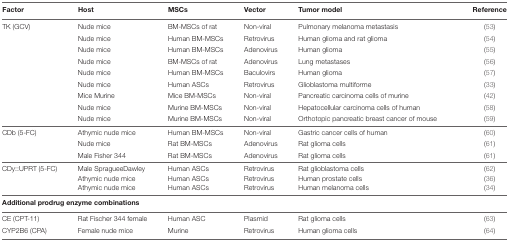
| Factor | Host | MSCs | Vector | Tumor model | Reference |
 | --- | --- | --- | --- | --- | --- |
 | <ROWSPAN=9> TK (GCV) | Nude mice | BM-MSCs of rat | Non-viral | Pulmonary melanoma metastasis | (53) |
 | Nude mice | Human BM-MSCs | Retrovirus | Human glioma and rat glioma | (54) |
 | Nude mice | Human BM-MSCs | Adenovirus | Human glioma | (55) |
 | Nude mice | BM-MSCs of rat | Adenovirus | Lung metastases | (56) |
 | Nude mice | Human BM-MSCs | Baculovirs | Human glioma | (57) |
 | Nude mice | Human ASCs | Retrovirus | Glioblastoma multiforme | (33) |
 | Mice Murine | Mice BM-MSCs | Non-viral | Pancreatic carcinoma cells of murine | (42) |
 | Nude mice | Murine BM-MSCs | Non-viral | Hepatocellular carcinoma cells of human | (58) |
 | Nude mice | Murine BM-MSCs | Non-viral | Orthotopic pancreatic breast cancer of mouse | (59) |
 | <ROWSPAN=3> CDb (5-FC) | Athymic nude mice | Human BM-MSCs | Non-viral | Gastric cancer cells of human | (60) |
 | Nude mice | Rat BM-MSCs | Adenovirus | Rat glioma cells | (61) |
 | Male Fisher 344 | Rat BM-MSCs | Adenovirus | Rat glioma cells | (61) |
 | <ROWSPAN=3> CDy::UPRT (5-FC) | Male SpragueeDawley | Human ASCs | Retrovirus | Rat glioblastoma cells | (62) |
 | Athymic nude mice | Human ASCs | Retrovirus | Human prostate cells | (36) |
 | Athymic nude mice | Human ASCs | Retrovirus | Human melanoma cells | (34) |
 | <COLSPAN=6> Additional prodrug enzyme combinations |
 | CE (CPT-11) | Rat Fischer 344 female | Human ASC | Plasmid | Rat glioma cells | (63) |
 | CYP2B6 (CPA) | Female nude mice | Murine | Retrovirus | Human glioma cells | (64) |